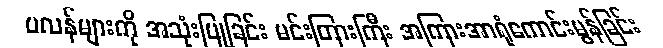
ပလန်များကို အသုံးပြုခြင်း မင်းတြားကြီး အကြားအာရုံကောင်းမွန်ခြင်း